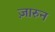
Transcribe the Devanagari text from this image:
ज़ारुन